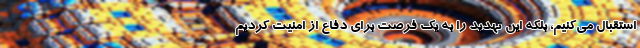
استقبال می‌کنیم، بلکه این تهدید را به یک فرصت برای دفاع از امنیت کردیم